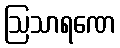
ဩသာရဏေ